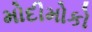
મોદીમોકો